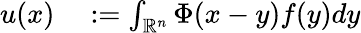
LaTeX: \begin{array}{rl}{u(x)}&{{}:=\int_{\mathbb{R}^{n}}\Phi(x-y)f(y)dy}\end{array}